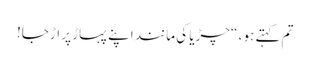
تم کہتے ہو ، “چڑیا کی مانند اپنے پہاڑ پر اڑجا!